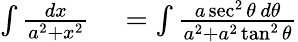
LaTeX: \begin{array}{rl}{\int{\frac{dx}{a^{2}+x^{2}}}}&{{}=\int{\frac{a\sec^{2}\theta\, d\theta}{a^{2}+a^{2}\tan^{2}\theta}}}\end{array}